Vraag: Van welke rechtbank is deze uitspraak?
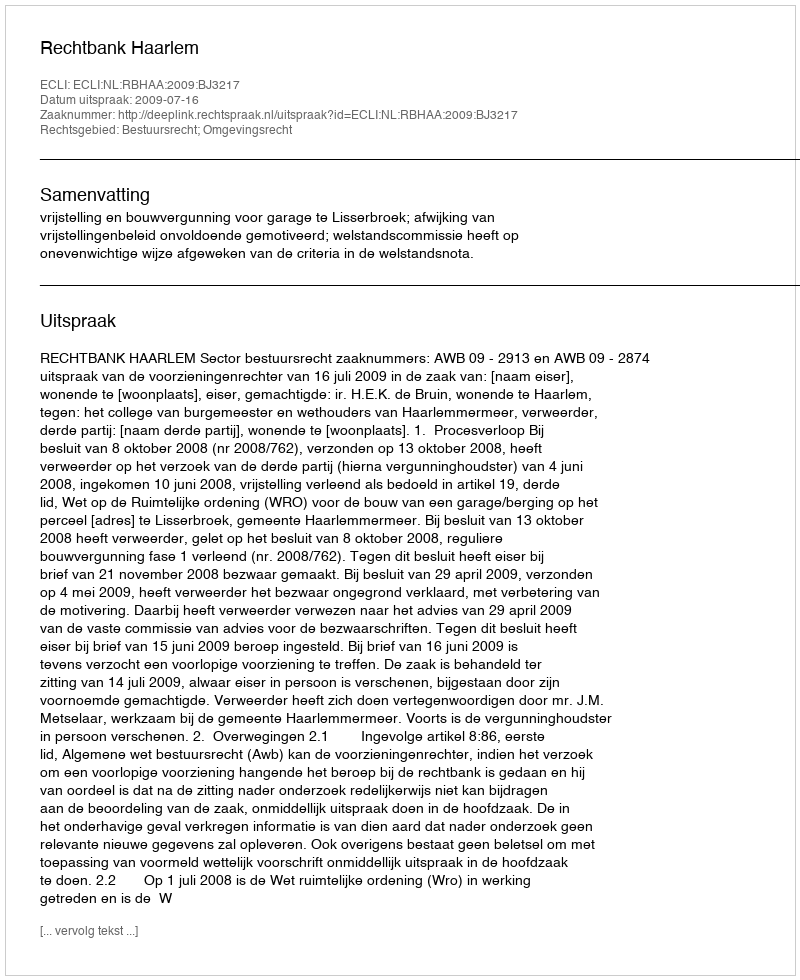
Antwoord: Rechtbank Haarlem